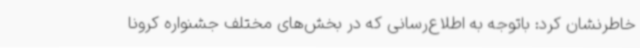
خاطرنشان کرد: باتوجه به اطلاع‌رسانی که در بخش‌های مختلف جشنواره کرونا